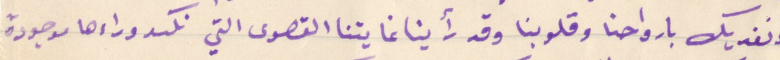
لا نفديك بارواحنا وقلوبنا وقد رأينا غايتنا القصوى التي نكد وراءها موجودة